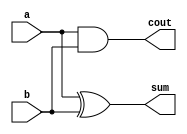
module ha(a,b,sum,cout);
  input a,b;
  output sum,cout;
  assign sum=a^b;
  assign cout=a&b;
endmodule